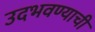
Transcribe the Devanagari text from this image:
उदभवण्याची